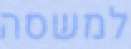
למשסה